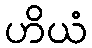
ဟိယံ